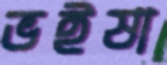
ভইষা